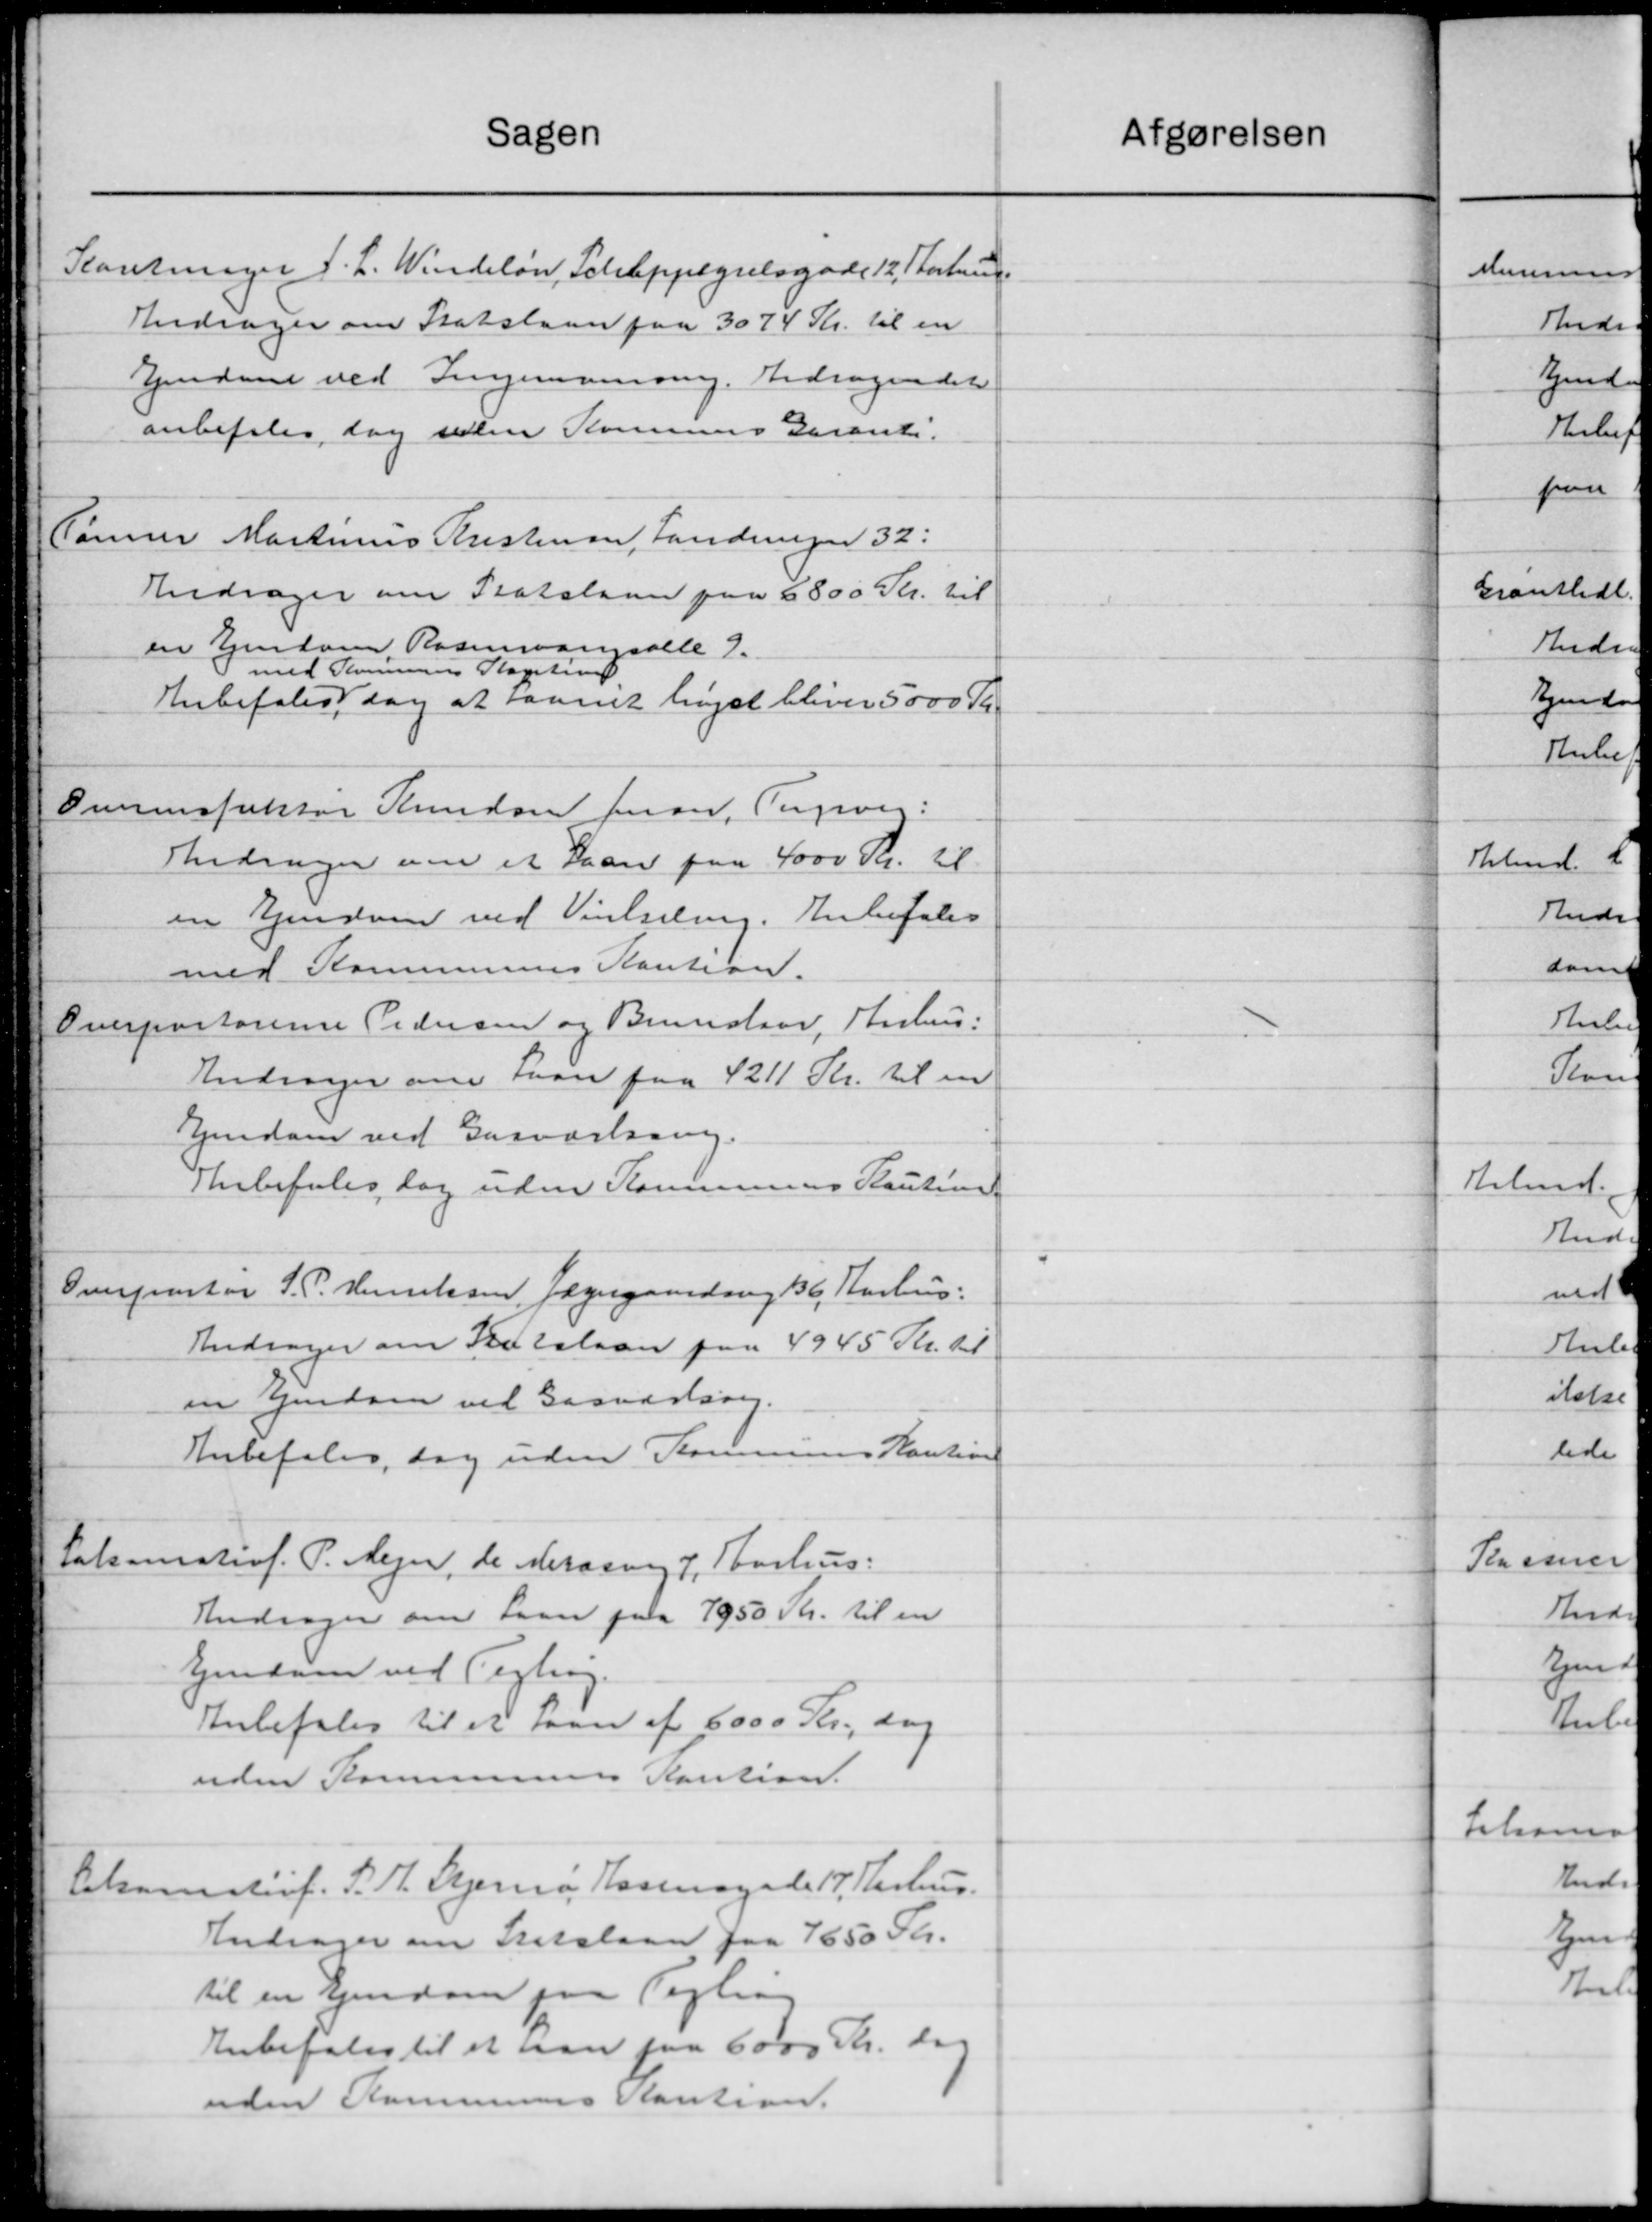
Transskription:
Sagen
Slantninger J. L. Windeløn, Schleppegrelsgade 12, Storbru
Andrager om Statslaan paa 3074 Kr. til en
Eendom ved Singemanning. Andragendet
anbefales dog uden Kommunes Garant.
Tømrer Martinus Kristensen, Landen 32.
Andrager om Statslaan paa 6800 Skr. til
en Ejendom Rasmussens alle 7.
med Kommunens Kagstrup
Anbefales dog at savnet ligst bliver 5000 Kr.
Ominspektør Knudsen fran, Tegiver:
Andrager om et Laan paa 4000 Kr. til
en Ejendom ved Vindseling. Anbefales
med Kommunens Kaution.
Overpastorerne Pedersen og Brunslaar, Aarhus.
Andrager om Laan paa 4211 Kr. til en
Ejendom ved Gasværkning.
Anbefales, dog uden Kommunens Kaution
Overportør J. P. Henriksen Jægergaardsvej 16 Aarhus.
Andrager om Statslaan paa 4945 Kr. til
en Ejendom ved Gasværling.
Anbefales, dog uden Kommunens Kaution
Takonisterf. P. Mejer, de Marasvej 7, Aarhus:
Andrager om Laan paa 1950 Kr. til en
Ejendom ved Tegning.
Anbefales til et Laan af 6000 Kr., dog
uden Kommunens Kaution.
Pekamsterf. S. H. Hjemø, Rasmagade 17. Aarhus.
Andrager om Statslaan paa 1650 Skr.
til en Ejendom paa Vejling
Anbefales til at man paa 6000 Kr. dog
uden Kommunens Kaution.